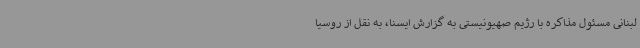
لبنانی مسئول مذاکره با رژیم صهیونیستی به گزارش ایسنا، به نقل از روسیا